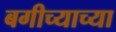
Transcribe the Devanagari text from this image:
बगीच्याच्या